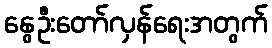
နွေဦးတော်လှန်ရေးအတွက်